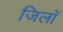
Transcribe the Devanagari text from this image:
जिलॉ